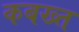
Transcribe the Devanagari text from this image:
कबख्त